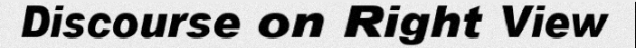
Discourse on Right View